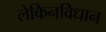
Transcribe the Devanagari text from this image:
लेकिनविधान